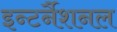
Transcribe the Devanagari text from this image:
इन्टर्नैशनल